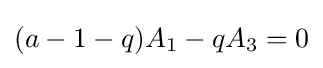
(a-1-q)A_{1}-qA_{3}=0